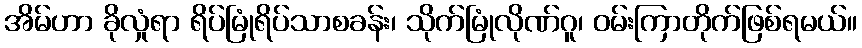
အိမ်ဟာ ခိုလှုံရာ ရိပ်မြုံရိပ်သာစခန်း၊ သိုက်မြုံလိုဏ်ဂူ၊ ဝမ်းကြာတိုက်ဖြစ်ရမယ်။